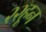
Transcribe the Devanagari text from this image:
२२हून